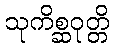
သုကိစ္ဆဝုတ္တိ